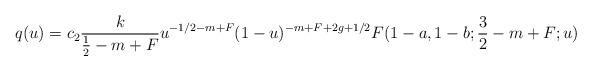
LaTeX: \begin{align*}q(u)=c_2\frac k{\frac12-m+F}u^{-1/2-m+F}(1-u)^{-m+F+2g+1/2}F(1-a,1-b;\frac 32-m+F;u)\end{align*}